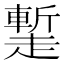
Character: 䟅